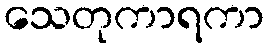
သေတုကာရကာ